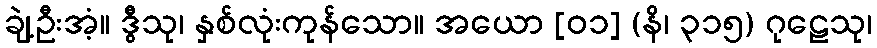
ချဲ့ဦးအံ့။ ဒွီသု၊ နှစ်လုံးကုန်သော။ အယော [၀၁] (နိ၊ ၃၁၅) ဂုဠေသု၊